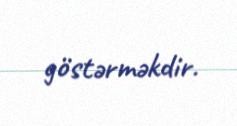
göstərməkdir.